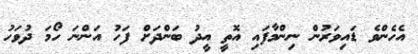
އެހެންވެ ޑައިވަރުން ނިންމާފައި އޮތީ އީދު ބަންދަށް ފަހު އަންނަ ހޯމަ ދުވަހު